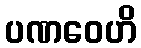
ပဏဝေဟိ